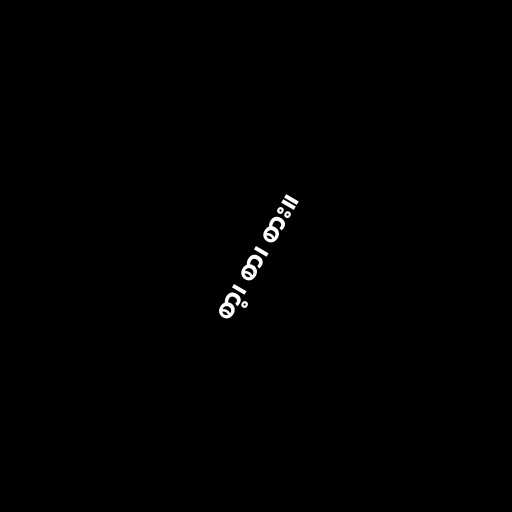
စာ့၊ စာ၊ စား။